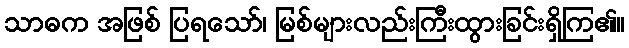
သာဓက အဖြစ် ပြရသော်၊ မြစ်များလည်းကြီးထွားခြင်းရှိကြ၏။